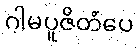
ဂါမပူဇိတံပေ